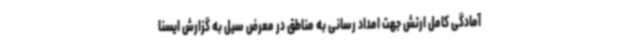
آمادگی کامل ارتش جهت امداد رسانی به مناطق در معرض سیل به گزارش ایسنا